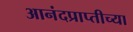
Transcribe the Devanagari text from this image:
आनंदप्राप्तीच्या